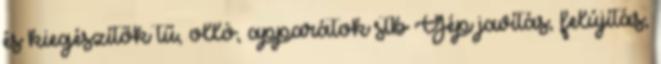
és kiegészítők tű, olló, apparátok stb Gép javítás, felújítás,